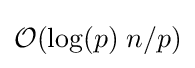
{\mathcal {O}}(\log(p)\;n/p)